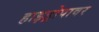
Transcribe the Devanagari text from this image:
हाइड्रोपावर